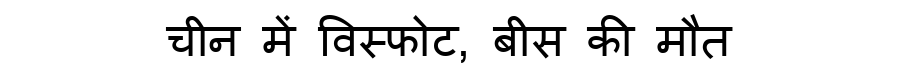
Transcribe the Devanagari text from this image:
चीन में विस्फोट, बीस की मौत